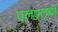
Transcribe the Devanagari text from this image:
एलएल्‌बी